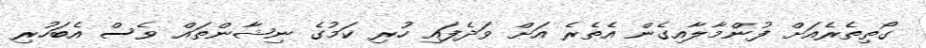
ގޯތިތެރެއަށް ފުންމާލާއިގެން އެތެރެ އަށް ވަދެފައި ހުރި ކަމުގެ ނިޝާންތައް ވެސް އެބަހުރި